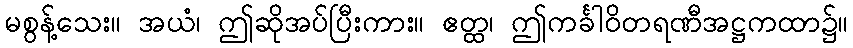
မစွန့်သေး။ အယံ၊ ဤဆိုအပ်ပြီးကား။ ဧတ္ထ၊ ဤကင်္ခါဝိတရဏီအဋ္ဌကထာ၌။